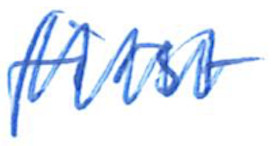
Text: first
Cross-out: zig-zag
Writing tool: ballpoint